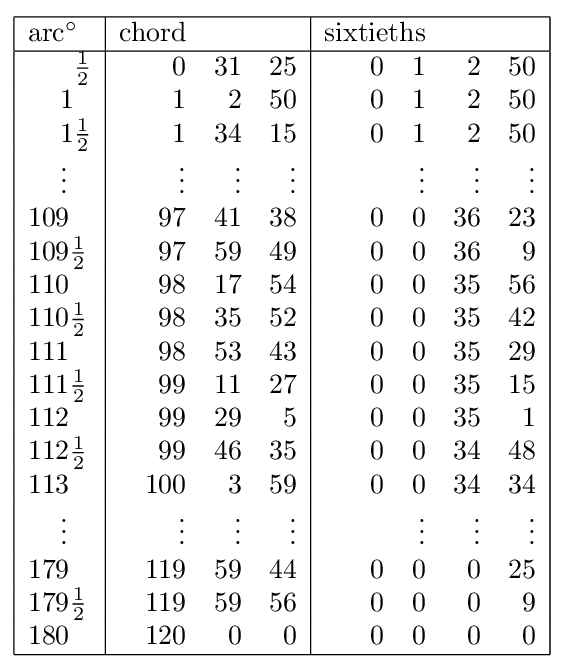
{\begin{array}{|l|rrr|rrr|}\hline {\text{arc}}^{\circ }&{\text{chord}}&&&{\text{sixtieths}}&&\\\hline {}\,\,\,\,\,\,\,\,\,\,{\tfrac {1}{2}}&0&31&25&0\quad 1&2&50\\{}\,\,\,\,\,\,\,1&1&2&50&0\quad 1&2&50\\{}\,\,\,\,\,\,\,1{\tfrac {1}{2}}&1&34&15&0\quad 1&2&50\\{}\,\,\,\,\,\,\,\vdots &\vdots &\vdots &\vdots &\vdots &\vdots &\vdots \\109&97&41&38&0\quad 0&36&23\\109{\tfrac {1}{2}}&97&59&49&0\quad 0&36&9\\110&98&17&54&0\quad 0&35&56\\110{\tfrac {1}{2}}&98&35&52&0\quad 0&35&42\\111&98&53&43&0\quad 0&35&29\\111{\tfrac {1}{2}}&99&11&27&0\quad 0&35&15\\112&99&29&5&0\quad 0&35&1\\112{\tfrac {1}{2}}&99&46&35&0\quad 0&34&48\\113&100&3&59&0\quad 0&34&34\\{}\,\,\,\,\,\,\,\vdots &\vdots &\vdots &\vdots &\vdots &\vdots &\vdots \\179&119&59&44&0\quad 0&0&25\\179{\frac {1}{2}}&119&59&56&0\quad 0&0&9\\180&120&0&0&0\quad 0&0&0\\\hline \end{array}}